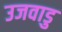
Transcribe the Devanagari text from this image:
उजवाडु